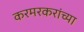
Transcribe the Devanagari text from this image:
करमरकरांच्या